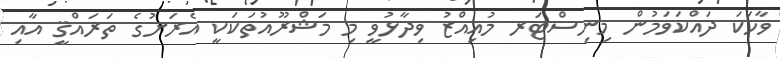
ވާހަކަ ދައްކަވަމުން މިނިސްޓަރ މުއިއްޒު ވިދާޅުވީ މި މަޝްރޫއުތަކަކީ އެރަށުގެ ތަރައްްޤީ އާއި